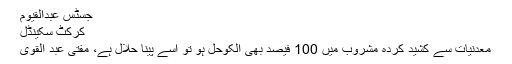
جسٹس عبدالقیوم
کرکٹ سکینڈل
معدنیات سے کشید کردہ مشروب میں 100 فیصد بھی الکوحل ہو تو اسے پینا حلال ہے، مفتی عبد القوی